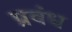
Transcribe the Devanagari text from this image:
प्रवंध